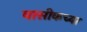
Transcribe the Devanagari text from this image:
वासीकच्या